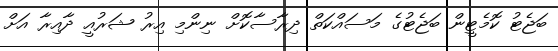
ބަޖެޓު ކޮމެޓީން ބަޖެޓުގެ މަސައްކަތް ދިރާސާކޮށް ނިންމި އިރު ޝަރުއީ ދާއިރާ އަށް